Medical and sanitary report of the native army of Madras for the year
Year: 1875
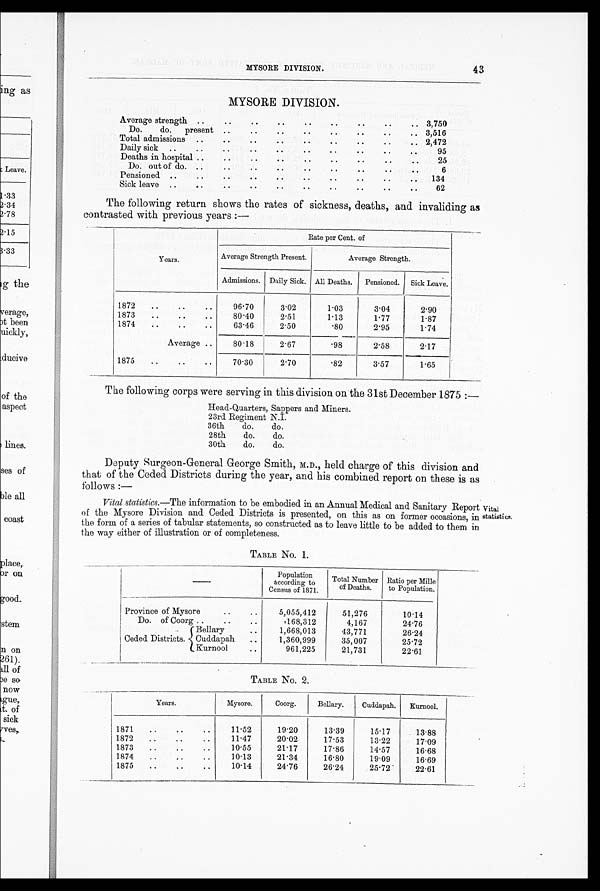
MYSORE DIVISION. 43
MYSORE DIVISION.
Average strength
3,750
Do. do. present
3,516
Total admissions
2,472
Daily sick
95
Deaths in hospital
25
D o . o u t o f d o . P e n s i o n e d
6
134
Sick leave
62
The following return shows the rates of sickness, deaths, and invaliding as
contrasted with previous years :-
Years.
Rate per Cent. of
Average Strength Present.
Average Strength.
Admissions. Daily Sick. All Deaths. Pensioned. Sick Leave.
1872
96.70
3'02
1.03
3.04
2.90
1873
80.40
2.51
1.13
1.77
1.87
1874
63.46
2.50
. 8 0
2.95
1.74
Average
80.18
2.67
.98
2.58
2.17
1 8 7 5
70.30
2.70
. 8 2
3.57
1.65
The following corps were serving in this division on the 31st December 1875 :-
Head-Quarters, Sappers and Miners.
23rd Regiment N.I.
36th
do.
do.
28th
do.
do.
30th
do.
do.
Deputy surgeon-General George Smith, M.D., held charge of this division and
that of the Ceded Districts during the year, and his combined report on these is as
follows :-
Vital statistics.—The information to be embodied in an Annual Medical and Sanitary Report Vital
of the Mysore Division and Ceded Districts is presented, on this as on former occasions, in statistics.
the form of a series of tabular statements, so constructed as to leave little to be added to them in
the way either of illustration or of completeness.
TABLE No. 1.
Population
according to
Census of 1871.
Total Number
of Deaths.
Ratio per Mille
to Population.
Province of Mysore
5 , 0 5 5 , 4 1 2
51,276
10.14
Do. of Coorg
1 6 8 , 3 1 2
4,167
24.76
Bellary
1,668,013
43,771
26.24
Ceded Districts. Cuddapah
1,360,999
35,007
25.72
Kurnool
961,225
21,731
22.61
TABLE No. 2.
Years.
Mysore.
Coorg.
Bellary.
Cuddapah.
Kurnool.
1871
11.52
19.20
13.39
15.17
13.88
1872
11.47
20.02
17.53
13.22
17.09
1873
10.55
21.17
17.86
14.57
16.68
1874 .
10.13
21.34
16.80
19.09
16.69
1875.
10.14
24.76
26.24
25.72
22.61